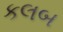
કલબ